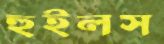
হুইলস